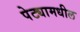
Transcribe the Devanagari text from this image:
पेट्यामधील